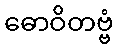
ဓောဝိတဗ္ဗံ